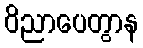
ဝိညာပေတွာန